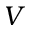
V